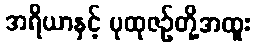
အရိယာနှင့် ပုထုဇဉ်တို့အထူး